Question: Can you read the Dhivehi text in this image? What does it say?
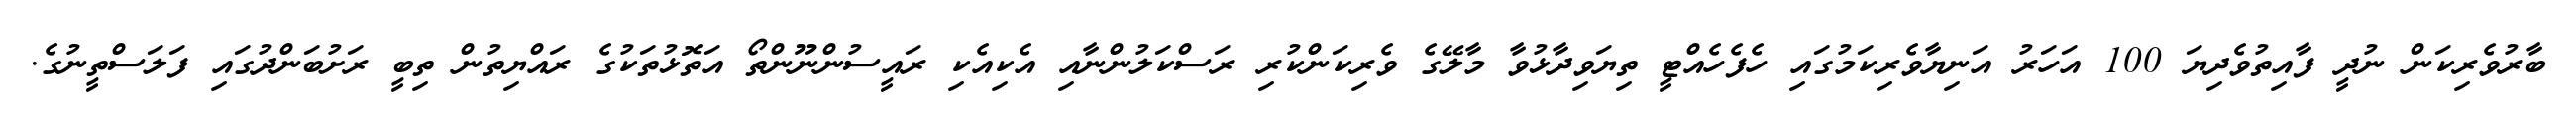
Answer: ބާރުވެރިކަން ނުދީ ފާއިތުވެދިޔަ 100 އަހަރު އަނިޔާވެރިކަމުގައި ހެފެހެއްޓީ ތިޔަވިދާޅުވާ މާލޭގެ ވެރިކަންކުރި ރަސްކަލުންނާއި އެކިއެކި ރައީސުންނޫންތޯ އަތޮޅުތަކުގެ ރައްޔިތުން ތިބީ ރަށުބަންދުގައި ފަލަސްތީނުގެ.